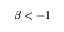
\beta < - 1